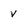
Character: v